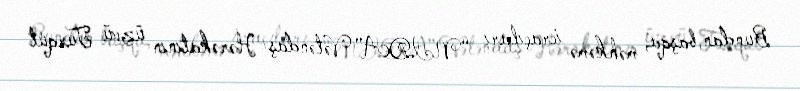
Bundan başqa, məhkəmə icraçıları “NIDA” Vətəndaş Hərəkatının üzvü Turqut